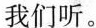
我们听。